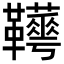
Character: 𩎁